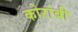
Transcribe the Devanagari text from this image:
कोरांबी